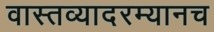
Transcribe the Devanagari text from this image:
वास्तव्यादरम्यानच